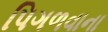
પિગળવાના